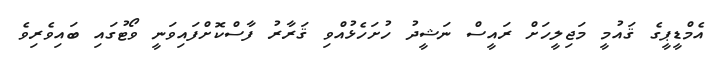
އެމްޑީޕީގެ ޤައުމީ މަޖިލީހަށް ރައީސް ނަޝީދު ހުށަހެޅުއްވި ޤަރާރު ފާސްކޮށްފައިވަނީ ވޯޓުގައި ބައިވެރިވެ